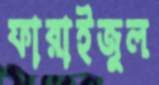
ফারাইজুল